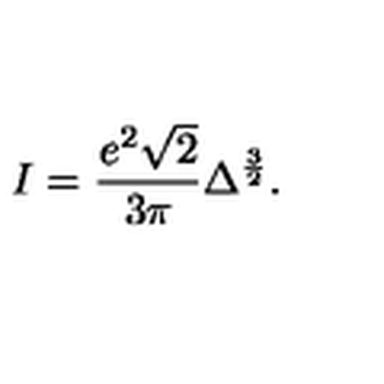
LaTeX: I = { \frac { e ^ { 2 } \sqrt { 2 } } { 3 \pi } } \Delta ^ { \frac { 3 } { 2 } } .